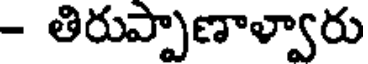
- తిరుప్పాణాళ్వారు